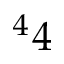
^ 4 4